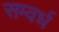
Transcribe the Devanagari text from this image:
सम्वर्ध